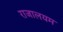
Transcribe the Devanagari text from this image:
राजालयम